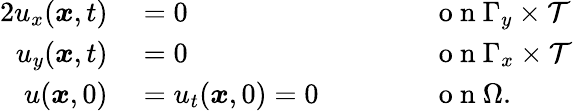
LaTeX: \begin{array}{rlrl}{{2}u_{x}(\boldsymbol{x},t)}&{{}=0}&{}&{{}\qquad\mathrm{~o~n~}\Gamma_{y}\times\mathcal{T}}\\ {u_{y}(\boldsymbol{x},t)}&{{}=0}&{}&{{}\qquad\mathrm{~o~n~}\Gamma_{x}\times\mathcal{T}}\\ {u(\boldsymbol{x},0)}&{{}=u_{t}(\boldsymbol{x},0)=0}&{}&{{}\qquad\mathrm{~o~n~}\Omega.}\end{array}